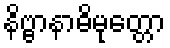
နိဗ္ဗာနာဓိမုတ္တော